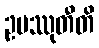
ဥပဿုတီတိ